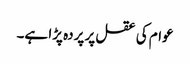
عوام کی عقل پر پردہ پڑا ہے۔